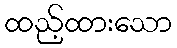
ထည့်ထားသော